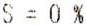
S = 0 %